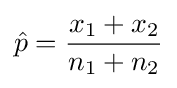
{\hat {p}}={\frac {x_{1}+x_{2}}{n_{1}+n_{2}}}